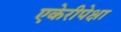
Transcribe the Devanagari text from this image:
एकेरीपेक्षा